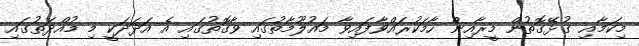
މިކަމާއި ގުޅޭގޮތުން މީރާއިން ހާމަކުރައްވާފައިވާ މައުލޫމާތުގައި ވާގޮތުގައި އެ އަދަދަކީ މި މުއްދަތުގައި